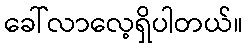
ခေါ်လာလေ့ရှိပါတယ်။